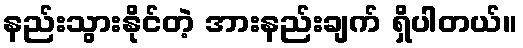
နည်းသွားနိုင်တဲ့ အားနည်းချက် ရှိပါတယ်။